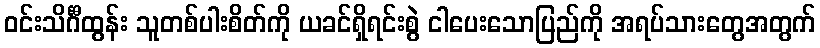
ဝင်းသိင်္ဂီထွန်း သူတစ်ပါးစိတ်ကို ယခင်ရှိရင်းစွဲ ငါပေးသောပြည်ကို အရပ်သားတွေအတွက်